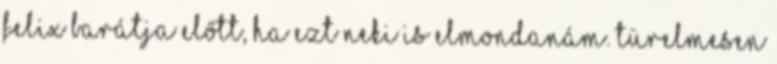
Felix barátja előtt, ha ezt neki is elmondanám. Türelmesen